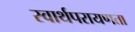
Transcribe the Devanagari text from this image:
स्वार्थपरायणता